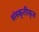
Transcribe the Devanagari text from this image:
संस्कृतीकृत